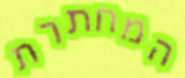
המחתרת